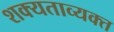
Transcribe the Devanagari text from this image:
शक्यताव्यक्त